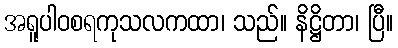
အရူပါဝစရကုသလကထာ၊ သည်။ နိဋ္ဌိတာ၊ ပြီ။